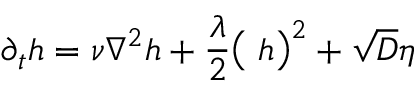
\partial _ { t } h = \nu \nabla ^ { 2 } h + \frac \lambda 2 \big ( { \bf \nabla } h \big ) ^ { 2 } + \sqrt { D } \eta